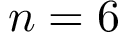
n = 6